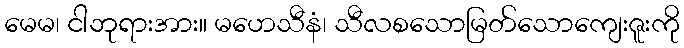
မေမ၊ ငါဘုရားအား။ မဟေသီနံ၊ သီလစသောမြတ်သောကျေးဇူးကို